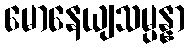
မောနေယျသမ္ပန္နာ